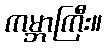
ကမ္ဘာကြီး။